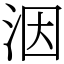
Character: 洇